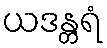
ယဒန္တရံ